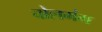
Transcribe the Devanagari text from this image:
चोलगंग